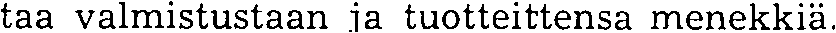
taa valmistustaan ja tuotteittensa menekkiä.